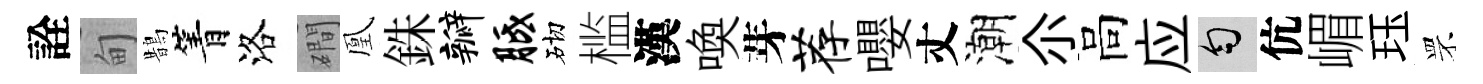
詮甸鵲箐洛磵凰銖瓣胝砌槛漢喚芽荐嚶丈潮尒高应匀伉嵋珏罘